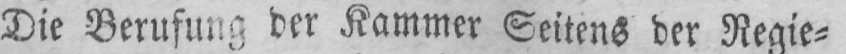
Die Berufung der Kammer Seitens der Regie⸗